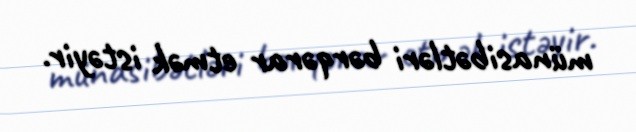
münasibətləri bərqərar etmək istəyir.